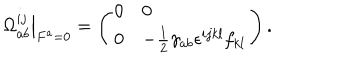
\left. \Omega _ { a b } ^ { i j } \right| _ { F ^ { a } = 0 } = \left( \begin{array} { l l } { { 0 } } & { { 0 } } \\ { { 0 } } & { { - \frac { 1 } { 2 } \gamma _ { a b } \epsilon ^ { i j k l } f _ { k l } } } \\ \end{array} \right) .